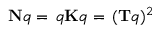
\mathbf { N } q = \, q \mathbf { K } q = \, ( \mathbf { T } q ) ^ { 2 }